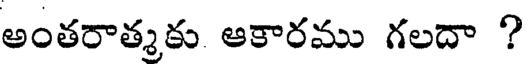
అంతరాత్మకు ఆకారము గలదా ?